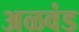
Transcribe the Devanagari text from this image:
अळवंड